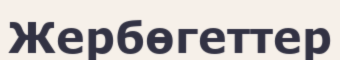
Жербөгеттер